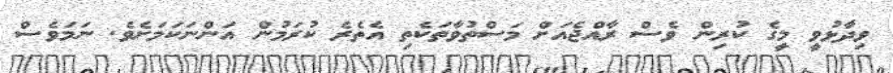
ވިދާޅުވީ މީގެ ކުރިން ވެސް ރާއްޖެއަށް މަސްތުވާތަކެތި އެތެރެ ކުރަމުން އަންނަކަމަށެވެ. ނަމަވެސް